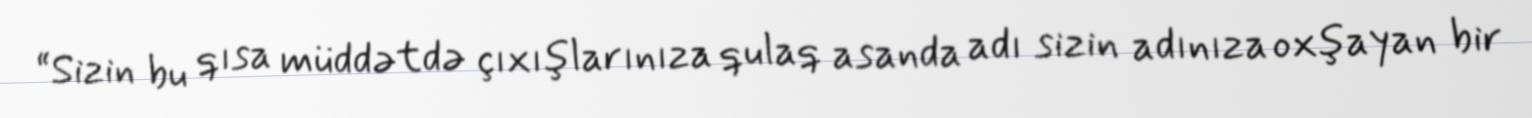
“Sizin bu qısa müddətdə çıxışlarınıza qulaq asanda adı sizin adınıza oxşayan bir